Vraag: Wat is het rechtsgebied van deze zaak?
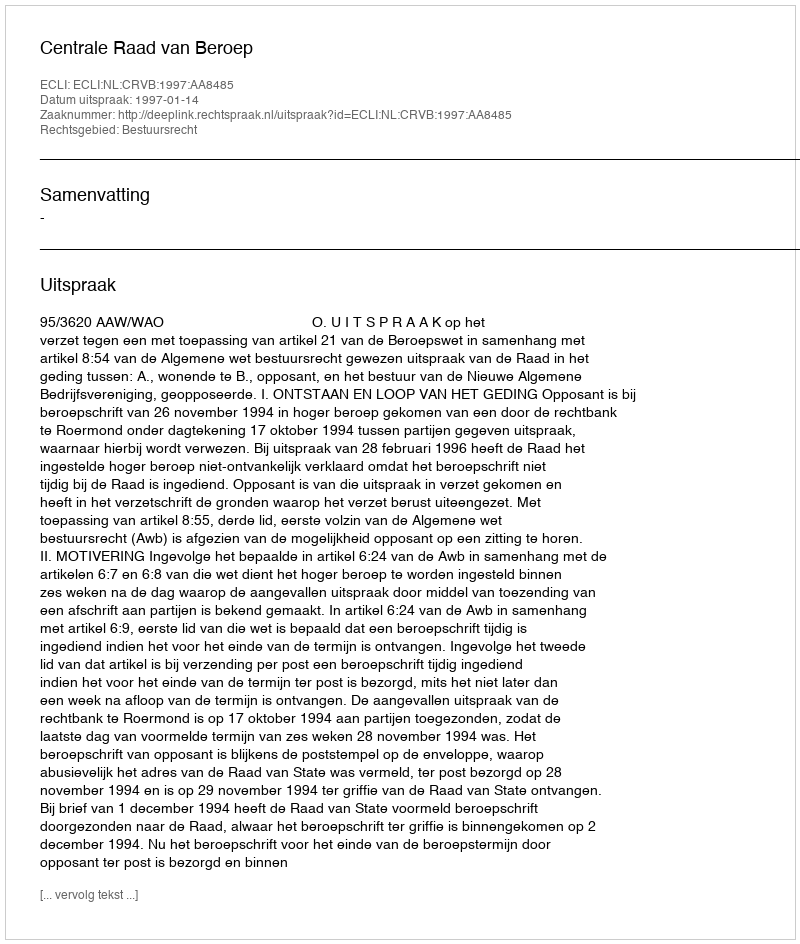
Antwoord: Bestuursrecht